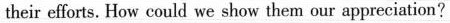
their efforts. How could we show them our appreciation?